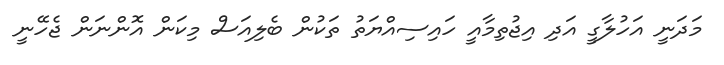
މަދަނީ އަހުލާގީ އަދި އިޖުތިމާއީ ހައިސިއްޔަތު ތަކުން ބެލިއަސް މިކަން އޮންނަން ޖެހޭނީ